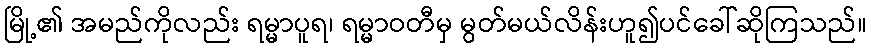
မြို့၏ အမည်ကိုလည်း ရမ္မာပူရ၊ ရမ္မာဝတီမှ မွတ်မယ်လိန်းဟူ၍ပင်ခေါ်ဆိုကြသည်။